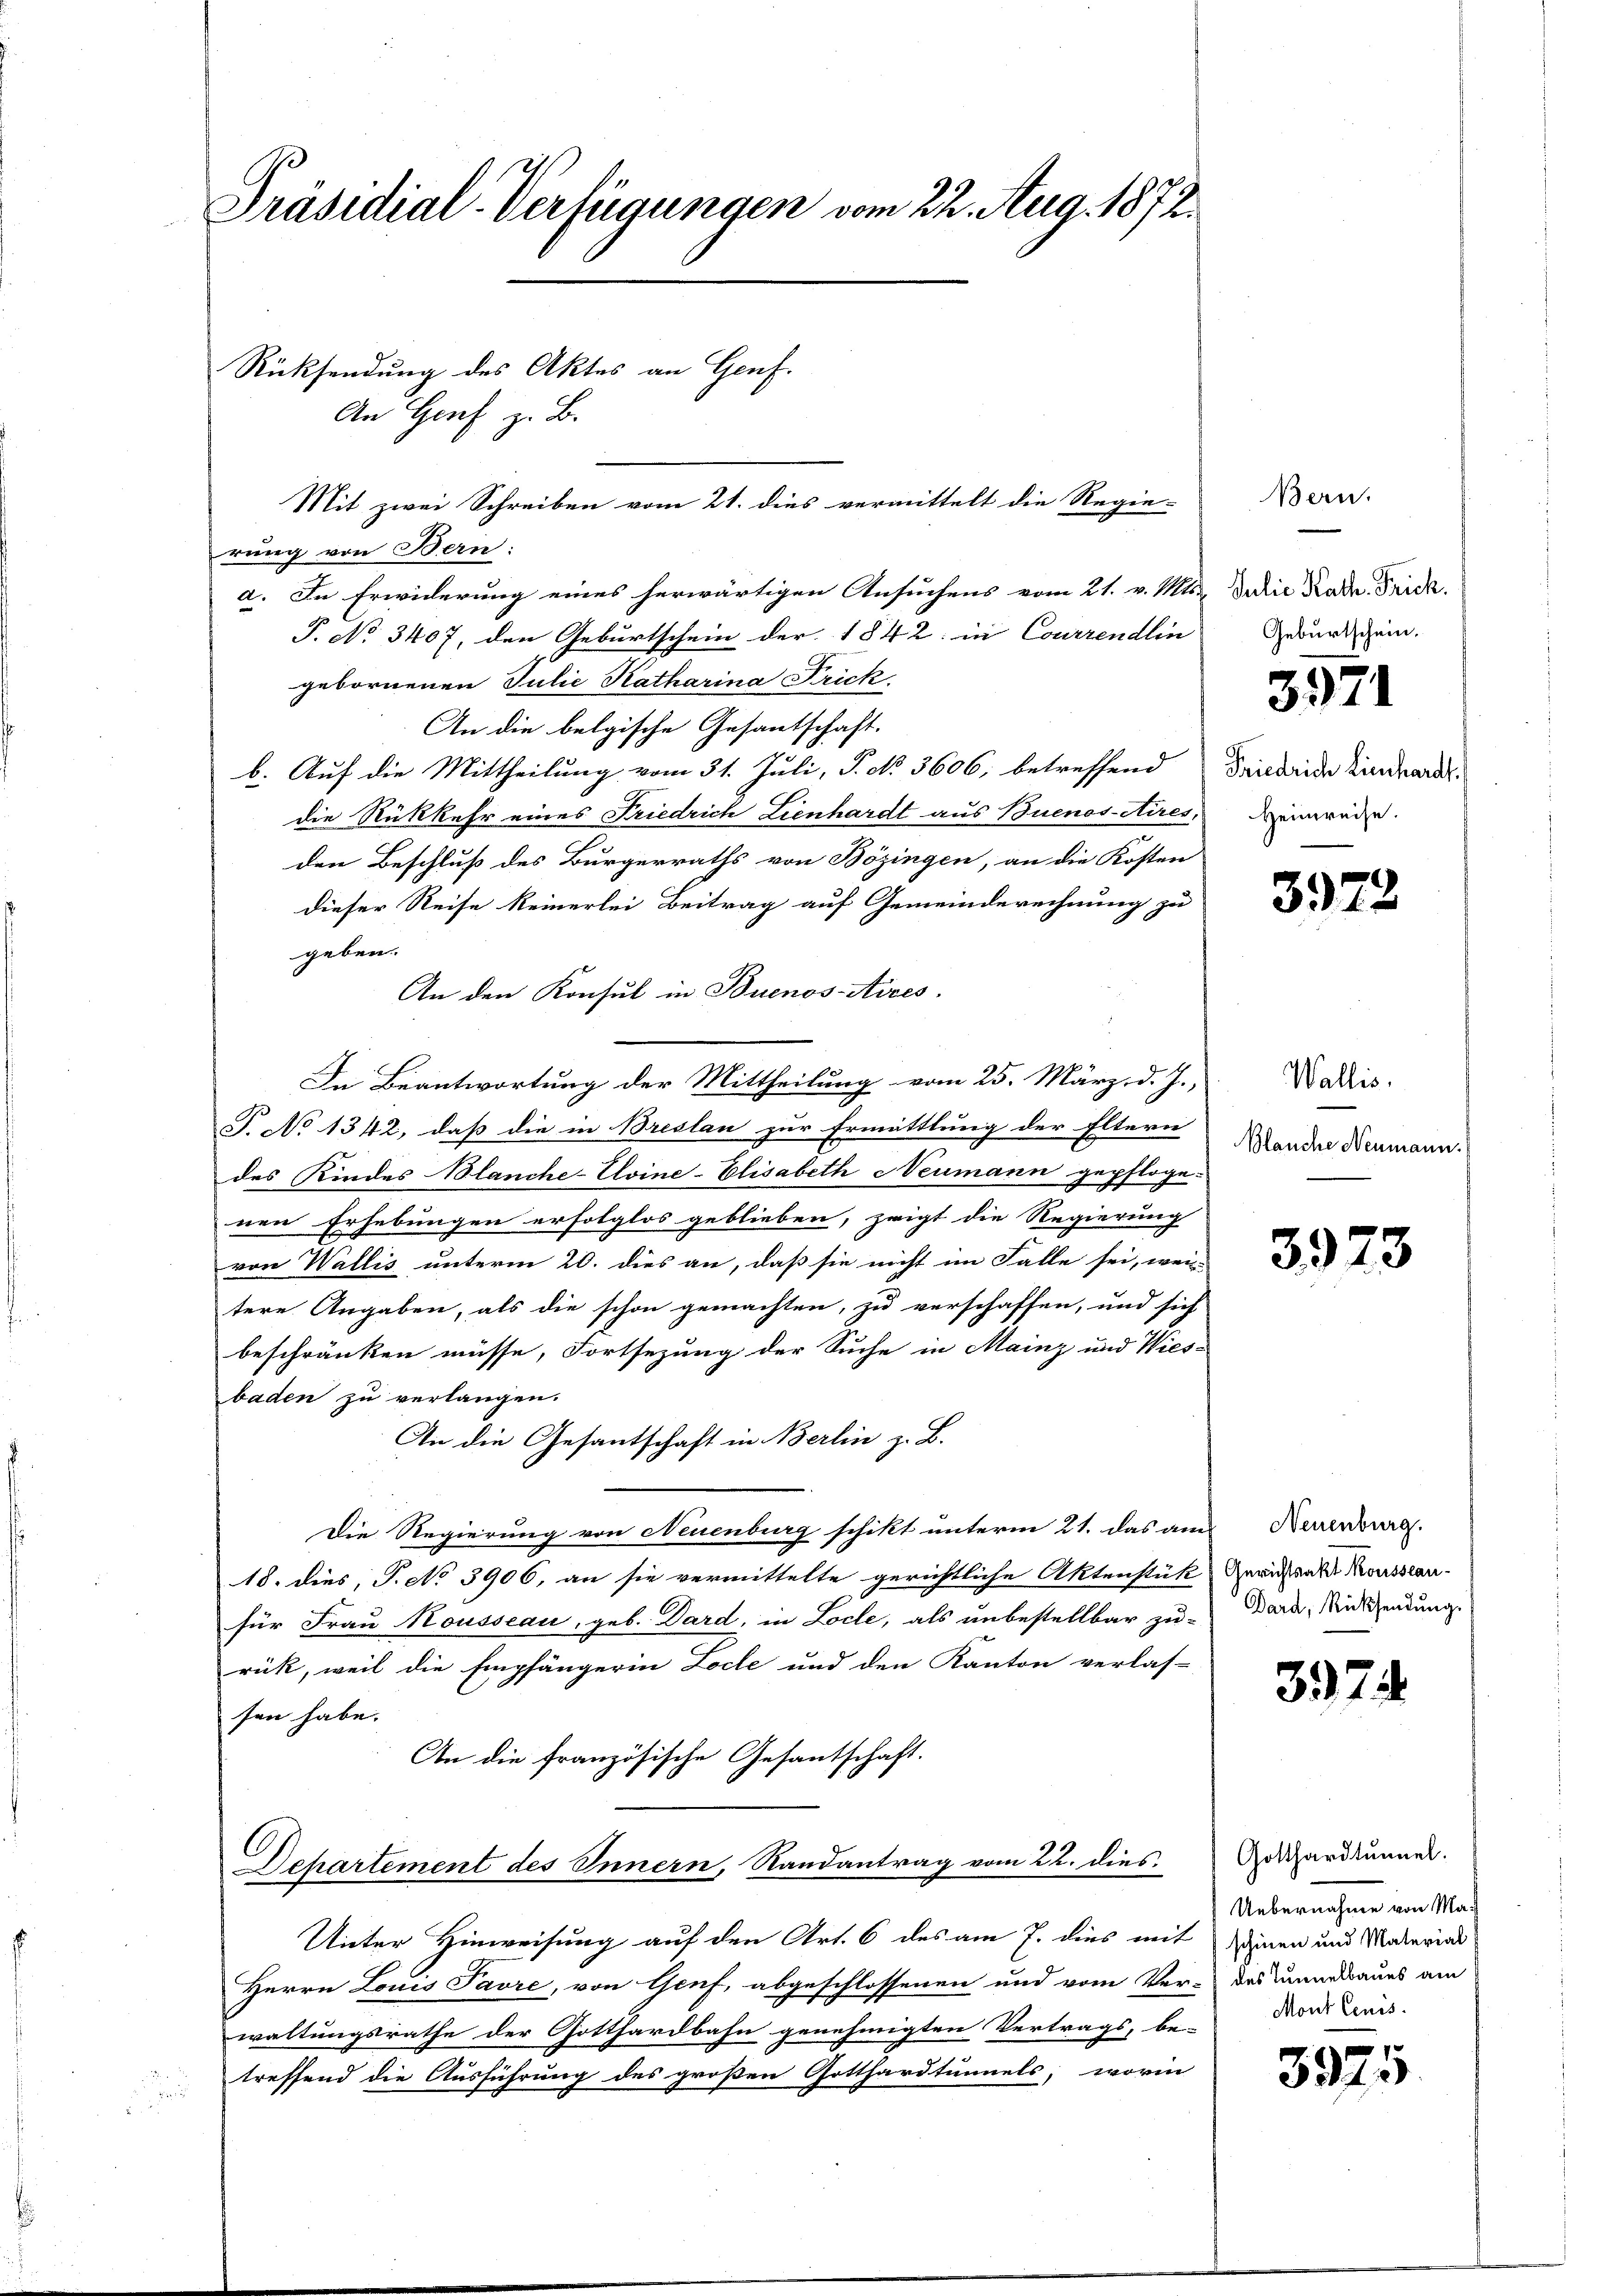
Präsidial-Verfügungen vom 22. Aug. 1872.

An Genf z. B.
Mit zwei Schreiben vom 21. dies vermittelt die Regie-
rung von Bern:
a. In Erwiderung eines herwärtigen Ansuchens vom 21. v. Mts. Die Kade. Frick.
P. No 3407, den Geburtschein der 1842: in Courrendlin
gebornenen Julie Katharina Frick.
An die belgische Gesantschaft.
b. Auf die Mittheilung vom 31. Juli, P. No. 3606, betreffend Friedride Eindrard-
die Rückkehr eines Friedrich Lienhardt aus Buenos-Aires,
den Beschluß des Bürgerraths von Bözingen, an die Kosten
dieser Reise keinerlei Beitrag auf Gemeinderechnung zu
geben.
An den Konsul in Buenos-Ayres,
In Beantwortung der Mittheilung vom 25. März d. J.,
T. No 1342, daß die in Breslau zur Ermittlung der Eltern
des Kindes Blanche-Uvine-Elisabeth Neumann gepfloge-
nen Erhebungen erfolglos geblieben, zeigt die Regierung
von Wallis unterm 20. dies an, daß sie nicht im Falle sei, weil
tere Angaben, als die schon gemachten, zu verschaffen, und sich
beschränken müsse, Fortsezung der Suche in Mainz und Wies-
baden zu verlangen.
An die Gesantschaft in Berlin z. B.
Die Regierung von Neuenburg schikt unterm 21. das aus
18. dies, P. No 3906. an sie vermittelte gerichtliche Aktenstük Gerichtsakt Rousseau-
für Frau Nousseau, geb. Dard, in Locle, als unbestellbar zu-
rük, weil die Empfängerin Loche und den Kanton verlas-
sen habe.
An die französische Gesantschaft.
Dchartement des Innern, Randantrag vom 22. dies
Unter Hinweisung auf den Art. 6 des am 7. dies mit Einen und Material
Herrn Louis Favre, von Genf, abgeschlossenen und vom Ver- des Tannessaues am
waltungsrathe der Gotthardbahn genehmigten Vertrags, be-
treffend die Ausführung des großen Gotthardtunnels, worin

Rücksendung des Aktes an Genf.

Bern.
Geburtschein.

3971

Heimreise.

3972

Wallis.
Blanche Neumann.

3973

Neuenburg.
Dard, Rücksendung.

397

Gotthardtunnel.
Uebernahme von Ma¬
Mont lenis

1
3915.